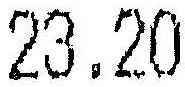
23.20